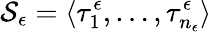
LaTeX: \mathcal{S}_{\epsilon}=\langle\tau_{1}^{\epsilon},\dots,\tau_{n_{\epsilon}}^{\epsilon}\rangle